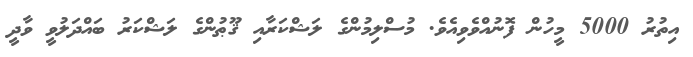
އިތުރު 5000 މީހުން ފޮނުއްވެވިއެވެ. މުސްލިމުންގެ ލަޝްކަރާއި ޤޫޠުންގެ ލަޝްކަރު ބައްދަލުވީ ވާދީ